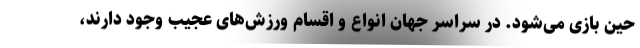
حین بازی می‌شود. در سراسر جهان انواع و اقسام ورزش‌های عجیب وجود دارند،